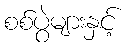
စစ်ပွဲများနှင့်